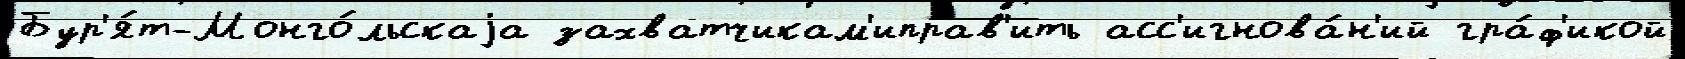
Бур'я́т-Монго́льскаjа захватчикам'иправ'ить асс'игнова́н'ий гра́ф'икой